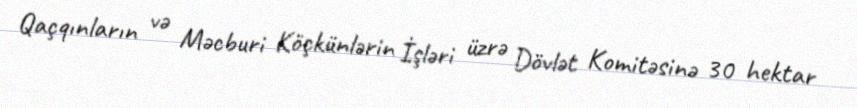
Qaçqınların və Məcburi Köçkünlərin İşləri üzrə Dövlət Komitəsinə 30 hektar